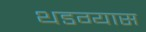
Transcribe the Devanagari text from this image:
थडग्यास